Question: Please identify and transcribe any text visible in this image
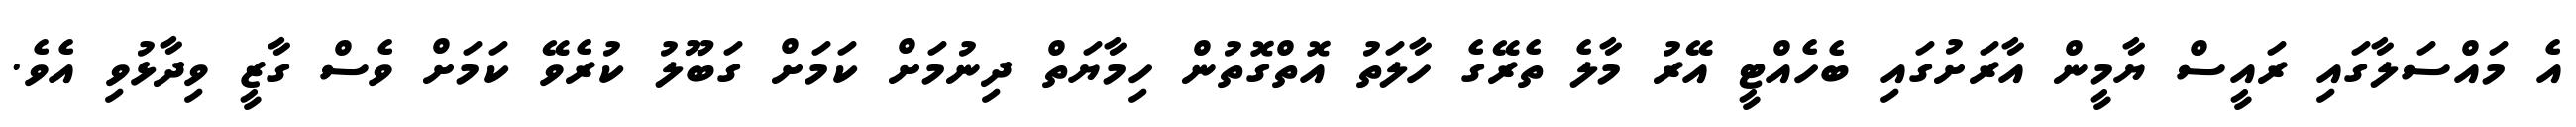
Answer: އެ މައްސަލާގައި ރައީސް ޔާމީން އާރަށުގައި ބެހެއްޓީ އޭރު މާލެ ތެރޭގެ ހާލަތު އޮތްގޮތުން ހިމާޔަތް ދިނުމަށް ކަމަށް ގަބޫލު ކުރެވޭ ކަމަށް ވެސް ގާޒީ ވިދާޅުވި އެވެ.